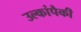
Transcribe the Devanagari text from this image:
उल्कांपैकी